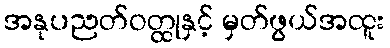
အနုပညတ်ဝတ္ထုနှင့် မှတ်ဖွယ်အထူး